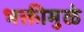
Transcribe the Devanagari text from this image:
भक्तीमुळे